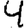
Digit: 4